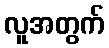
လူအတွက်